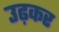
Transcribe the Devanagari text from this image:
उढ़कर